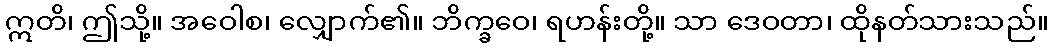
ဣတိ၊ ဤသို့။ အဝေါစ၊ လျှောက်၏။ ဘိက္ခဝေ၊ ရဟန်းတို့။ သာ ဒေဝတာ၊ ထိုနတ်သားသည်။